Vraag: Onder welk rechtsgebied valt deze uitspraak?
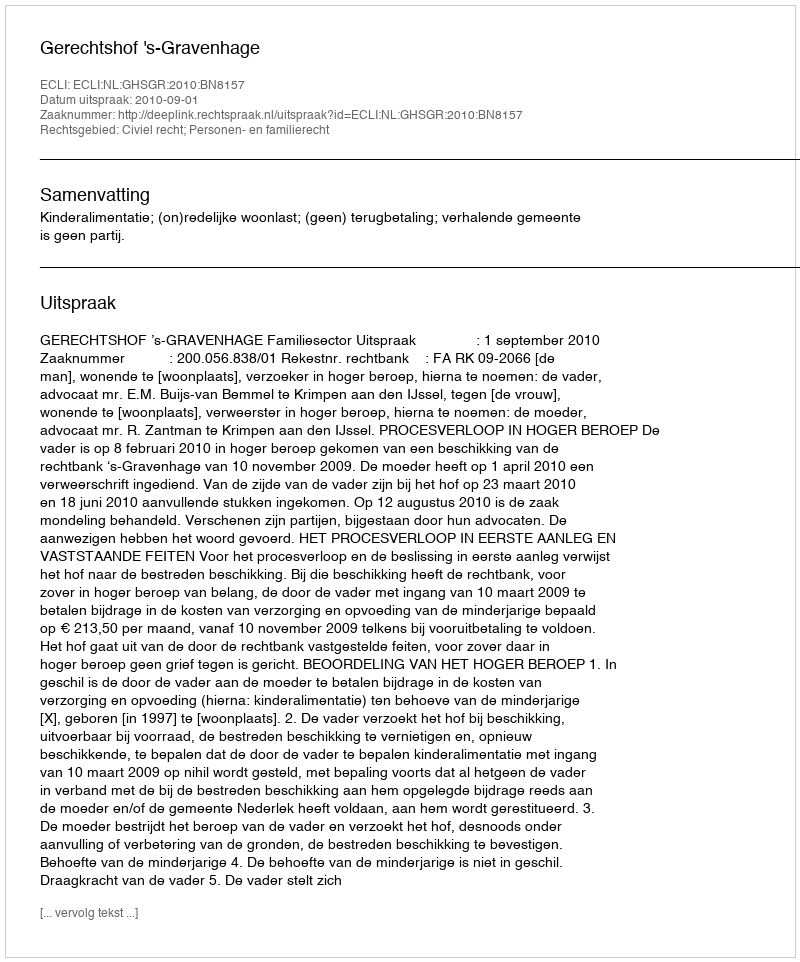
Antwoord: Civiel recht; Personen- en familierecht